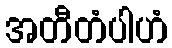
အတီတံပါဟံ